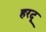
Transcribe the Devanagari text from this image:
हरदू